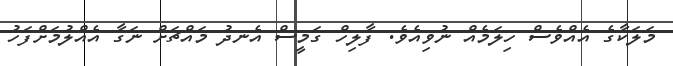
މަލަކާގެ އެއްވެސް ހިލަމެއް ނުވިއެވެ. ފާލިހް ގަމީސް އެނދު މައްޗަށް ނަގާ އެއްލުމަށްފަހު